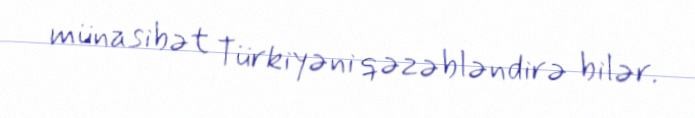
münasibət Türkiyəni qəzəbləndirə bilər.